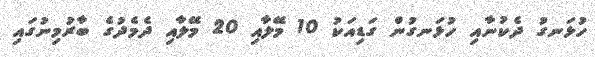
ހުޅަނގު ދެކުނާއި ހުޅަނގުން ގަޑިއަކު 10 މޭލާއި 20 މޭލާއި ދެމެދުގެ ބާރުމިނުގައި